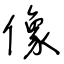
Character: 像